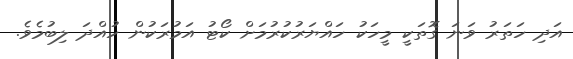
އަދި ހަތަރު ވަނަ ގޮތަކީ މީހަކު ހައްޔަރުކުރުމަށް ކޯޓު އަމުރަކުން ހުއްދަ ލިބުމެވެ.